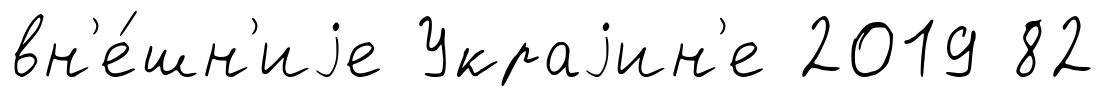
вн'е́шн'иjе Украjин'е 2019 82